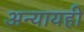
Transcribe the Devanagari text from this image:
अन्यायही